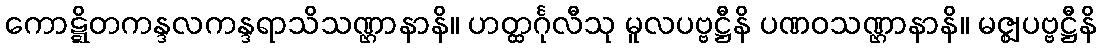
ကောဋ္ဋိတကန္ဒလကန္ဒရာသိသဏ္ဌာနာနိ။ ဟတ္ထင်္ဂုလီသု မူလပဗ္ဗဋ္ဌီနိ ပဏဝသဏ္ဌာနာနိ။ မဇ္ဈပဗ္ဗဋ္ဌီနိ